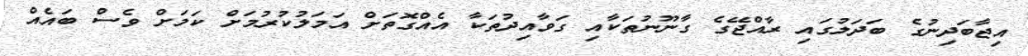
އިޖާބަދިނުުގެ ބަދަލުގައި ރާއްޖޭގެ ގާނޫނުތަކާއި ގަވާއިދުތަކާ އެއްގޮތަށް އަމަލުކުރުމަށް ކަމަށް ވެސް ބައެއް